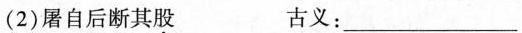
(2)屠自后断其股 古义：___